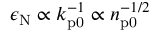
\epsilon _ { \mathrm { N } } \propto k _ { \mathrm { p 0 } } ^ { - 1 } \propto n _ { \mathrm { p 0 } } ^ { - 1 / 2 }